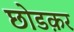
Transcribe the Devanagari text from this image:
छोडक़र